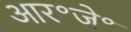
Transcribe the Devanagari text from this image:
आर॰जे॰